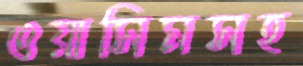
ওয়াসিমসহ